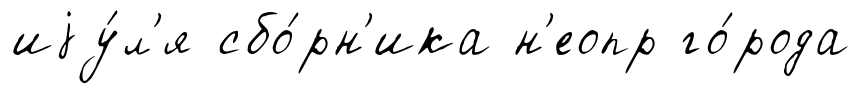
иjу́л'я сбо́рн'ика н'еопр го́рода